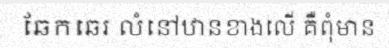
ឆែកឆេរ លំនៅឋានខាងលើ គឺពុំមាន